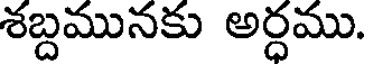
శబ్దమునకు అర్ధము.